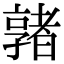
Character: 𡦡